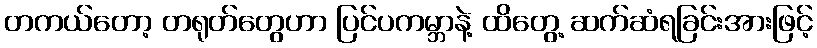
တကယ်တော့ တရုတ်တွေဟာ ပြင်ပကမ္ဘာနဲ့ ထိတွေ့ ဆက်ဆံရခြင်းအားဖြင့်